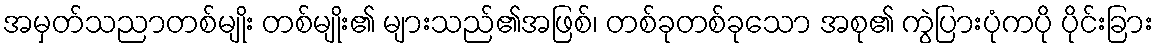
အမှတ်သညာတစ်မျိုး တစ်မျိုး၏ များသည်၏အဖြစ်၊ တစ်ခုတစ်ခုသော အစု၏ ကွဲပြားပုံကပို ပိုင်းခြား